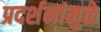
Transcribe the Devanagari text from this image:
प्रदर्शनांमुळे